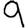
Digit: 9